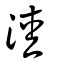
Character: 淕